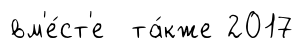
вм'е́ст'е та́кже 2017